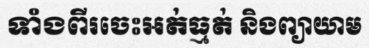
ទាំងពីរចេះអត់ធ្មត់ និងព្យាយាម